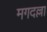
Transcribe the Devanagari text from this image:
मगदल्ला